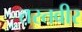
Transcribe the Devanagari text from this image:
तस्तवीर